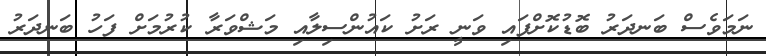
ނަމަވެސް ބަނދަރު ބޮޑުކޮށްފައި ވަނީ ރަށު ކައުންސިލާއި މަޝްވަރާ ކުރުމަށް ފަހު ބަނދަރު